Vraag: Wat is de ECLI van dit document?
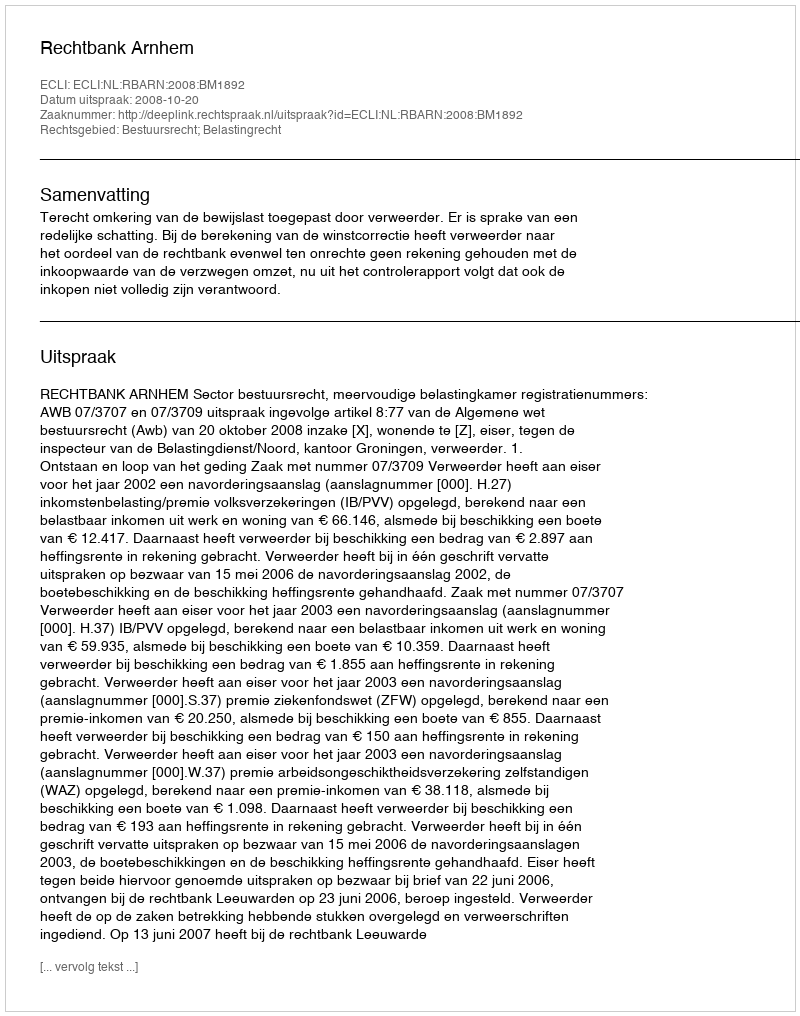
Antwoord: ECLI:NL:RBARN:2008:BM1892